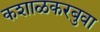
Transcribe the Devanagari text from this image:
कशाळकरबुवा